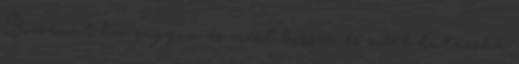
Bocsánat ha zagyva és mert hosszú és mert butácska